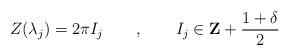
LaTeX: \begin{align*}Z(\lambda _{j})=2\pi I_{j}\qquad ,\qquad I_{j}\in \mathbf{Z}+\frac{1+\delta }{2}\end{align*}